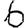
Digit: 6